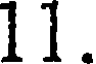
11.